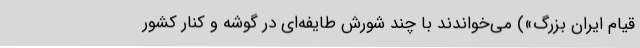
قیام ایران بزرگ») می‌خواندند با چند شورش طایفه‌ای در گوشه و کنار کشور